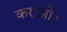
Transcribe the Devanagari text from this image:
कराओ।